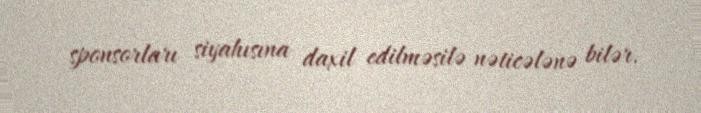
sponsorları siyahısına daxil edilməsilə nəticələnə bilər.